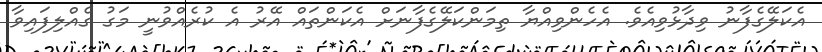
އެކަލޭގެފާނު ވިދާޅުވިއެވެ. އެހެންވިއްޔާ ތިމަންކަލޭގެފާނަށް އެކަންތައް އޭރު އެ ކުރެއްވުނީ މަގު ގެއްލިފައިވާ